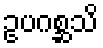
ဥပဂစ္ဆသိ